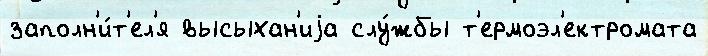
заполн'и́т'ел'я высыхан'иjа слу́жбы т'ермоэл'ектромата